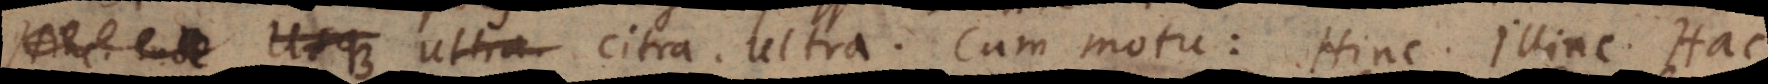
Usque Ultra. Citra. Ultra. Cum motu: Hinc. Illinc. Hac.